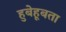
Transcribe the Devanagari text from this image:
हुबेहूबता